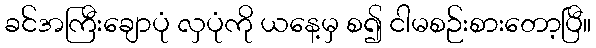
ခင်အကြီးချောပုံ လှပုံကို ယနေ့မှ စ၍ ငါမစဉ်းစားတော့ပြီ။